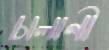
চালানী